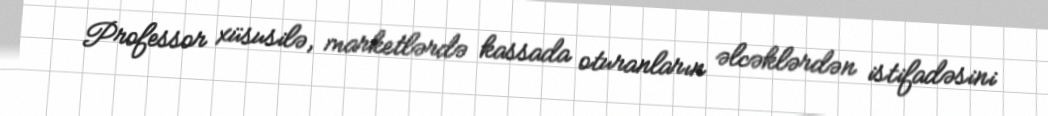
Professor xüsusilə, marketlərdə kassada oturanların əlcəklərdən istifadəsini